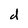
Character: d